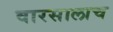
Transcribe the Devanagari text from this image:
वारसालाच